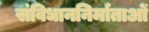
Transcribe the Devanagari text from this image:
संविधाननिर्माताओं